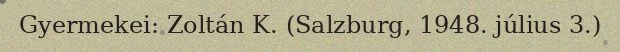
Gyermekei: Zoltán K. (Salzburg, 1948. július 3.)